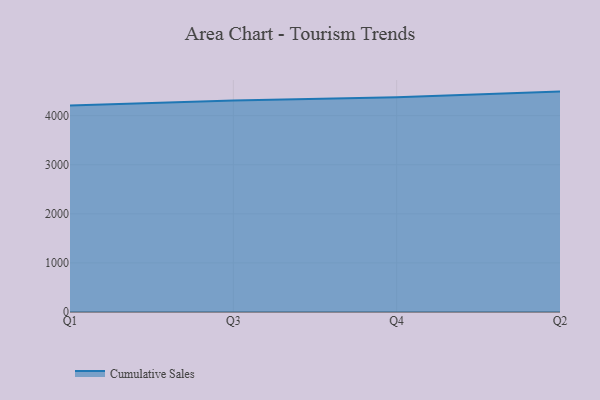
{"axis": {"x": "Quarter", "y": "Bounce Rate (%)"}, "legend": ["Cumulative Sales"], "data": [{"x": "Q1", "y": 4209.7, "type": "Cumulative Sales"}, {"x": "Q3", "y": 4307.9, "type": "Cumulative Sales"}, {"x": "Q4", "y": 4373.1, "type": "Cumulative Sales"}, {"x": "Q2", "y": 4490.5, "type": "Cumulative Sales"}]}